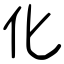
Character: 化